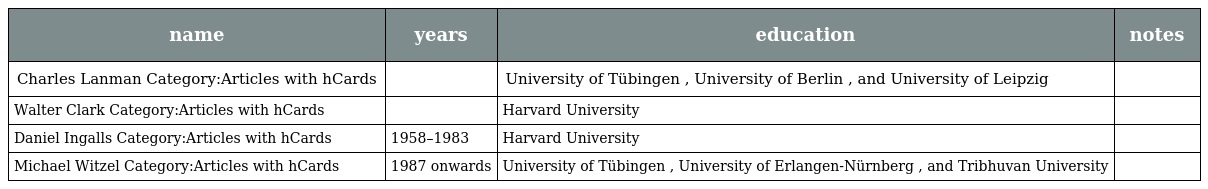
| name | years | education | notes |
 | --- | --- | --- | --- |
 | Charles Lanman Category:Articles with hCards |  | University of Tübingen , University of Berlin , and University of Leipzig |  |
 | Walter Clark Category:Articles with hCards |  | Harvard University |  |
 | Daniel Ingalls Category:Articles with hCards | 1958–1983 | Harvard University |  |
 | Michael Witzel Category:Articles with hCards | 1987 onwards | University of Tübingen , University of Erlangen-Nürnberg , and Tribhuvan University |  |